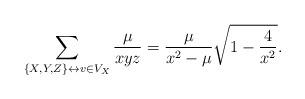
LaTeX: \begin{align*} \sum_{\{X,Y,Z\}\leftrightarrow v\in V_X} \frac{\mu}{xyz} = \frac{\mu}{x^2-\mu}\sqrt{1-\frac{4}{x^2}}. \end{align*}